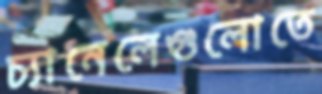
চ্যানেলেগুলোতে